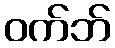
ဝက်ဘ်